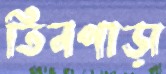
তিনপাড়া